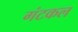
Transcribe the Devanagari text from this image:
गंटकल